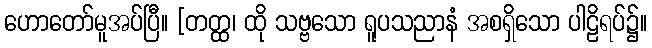
ဟောတော်မူအပ်ပြီ။ [တတ္ထ၊ ထို သဗ္ဗသော ရူပသညာနံ အစရှိသော ပါဠိရပ်၌။